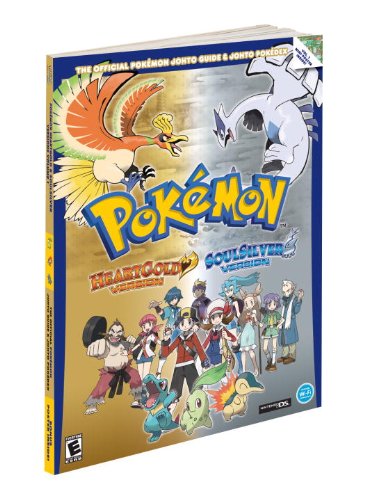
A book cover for Pokemon HeartGold & SoulSilver: The Official Pokemon Johto Guide & Johto Pokedex: Official Strategy Guide (Prima Official Game Guides: PokÃ©mon); The Pokemon Company Intl.; Computers & Technology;